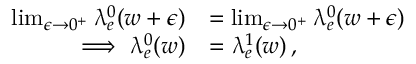
\begin{array} { r l } { \operatorname* { l i m } _ { \epsilon \rightarrow 0 ^ { + } } \uplambda _ { e } ^ { 0 } ( w + \epsilon ) } & { = \operatorname* { l i m } _ { \epsilon \rightarrow 0 ^ { + } } \uplambda _ { e } ^ { 0 } ( w + \epsilon ) } \\ { \implies \uplambda _ { e } ^ { 0 } ( w ) } & { = \uplambda _ { e } ^ { 1 } ( w ) \, , } \end{array}